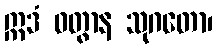
ဣဒံ ဝတွာန သုဂတော၊